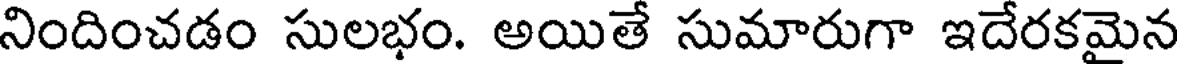
నిందించడం సులభం. అయితే సుమారుగా ఇదేరకమైన